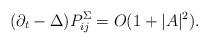
LaTeX: \begin{align*}(\partial_t -\Delta) P^\Sigma_{ij}=O(1+|A|^2).\end{align*}